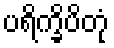
ပရိက္ခိပိတုံ